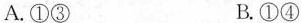
A.①③ B.①④